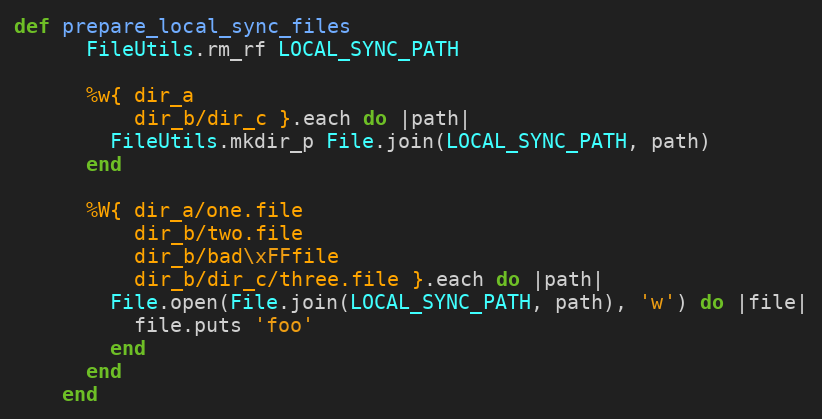
Language: Ruby
def prepare_local_sync_files
      FileUtils.rm_rf LOCAL_SYNC_PATH

      %w{ dir_a
          dir_b/dir_c }.each do |path|
        FileUtils.mkdir_p File.join(LOCAL_SYNC_PATH, path)
      end

      %W{ dir_a/one.file
          dir_b/two.file
          dir_b/bad\xFFfile
          dir_b/dir_c/three.file }.each do |path|
        File.open(File.join(LOCAL_SYNC_PATH, path), 'w') do |file|
          file.puts 'foo'
        end
      end
    end